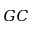
G C